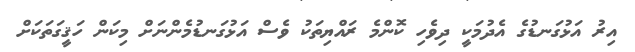
އިރު އަޅުގަނޑުގެ އެދުމަކީ ދިވެހި ކޮންމެ ރައްޔިތަކު ވެސް އަޅުގަނޑުމެންނަށް މިކަން ހަޤީގަތަކަށް